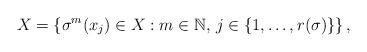
LaTeX: \begin{align*}X=\left\{\sigma^m(x_j)\in X: m\in\mathbb{N},\, j\in\{1,\dots,r(\sigma)\} \right\},\end{align*}